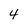
Character: 4